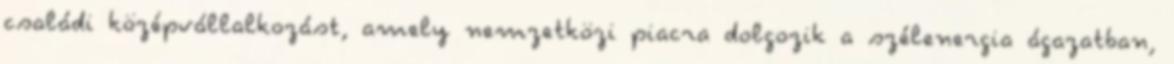
családi középvállalkozást, amely nemzetközi piacra dolgozik a szélenergia ágazatban,